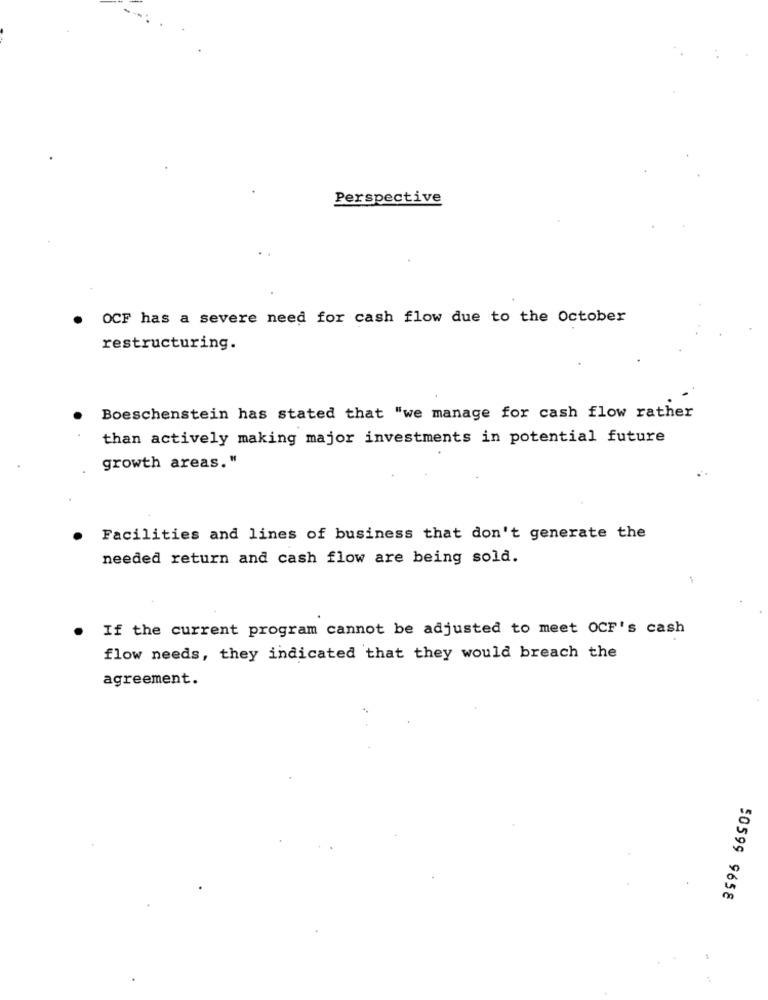
Perspective
OCF has a severe need for cash flow due to the October
restructuring.
Boeschenstein has stated that "we manage for cash flow rather
than actively making major investments in potential future
growth areas."
Facilities and lines of business that don't generate the
needed return and cash flow are being sold.
If the current program cannot be adjusted to meet OCF's cash
flow needs, they indicated that they would breach the
agreement.
50599 9658